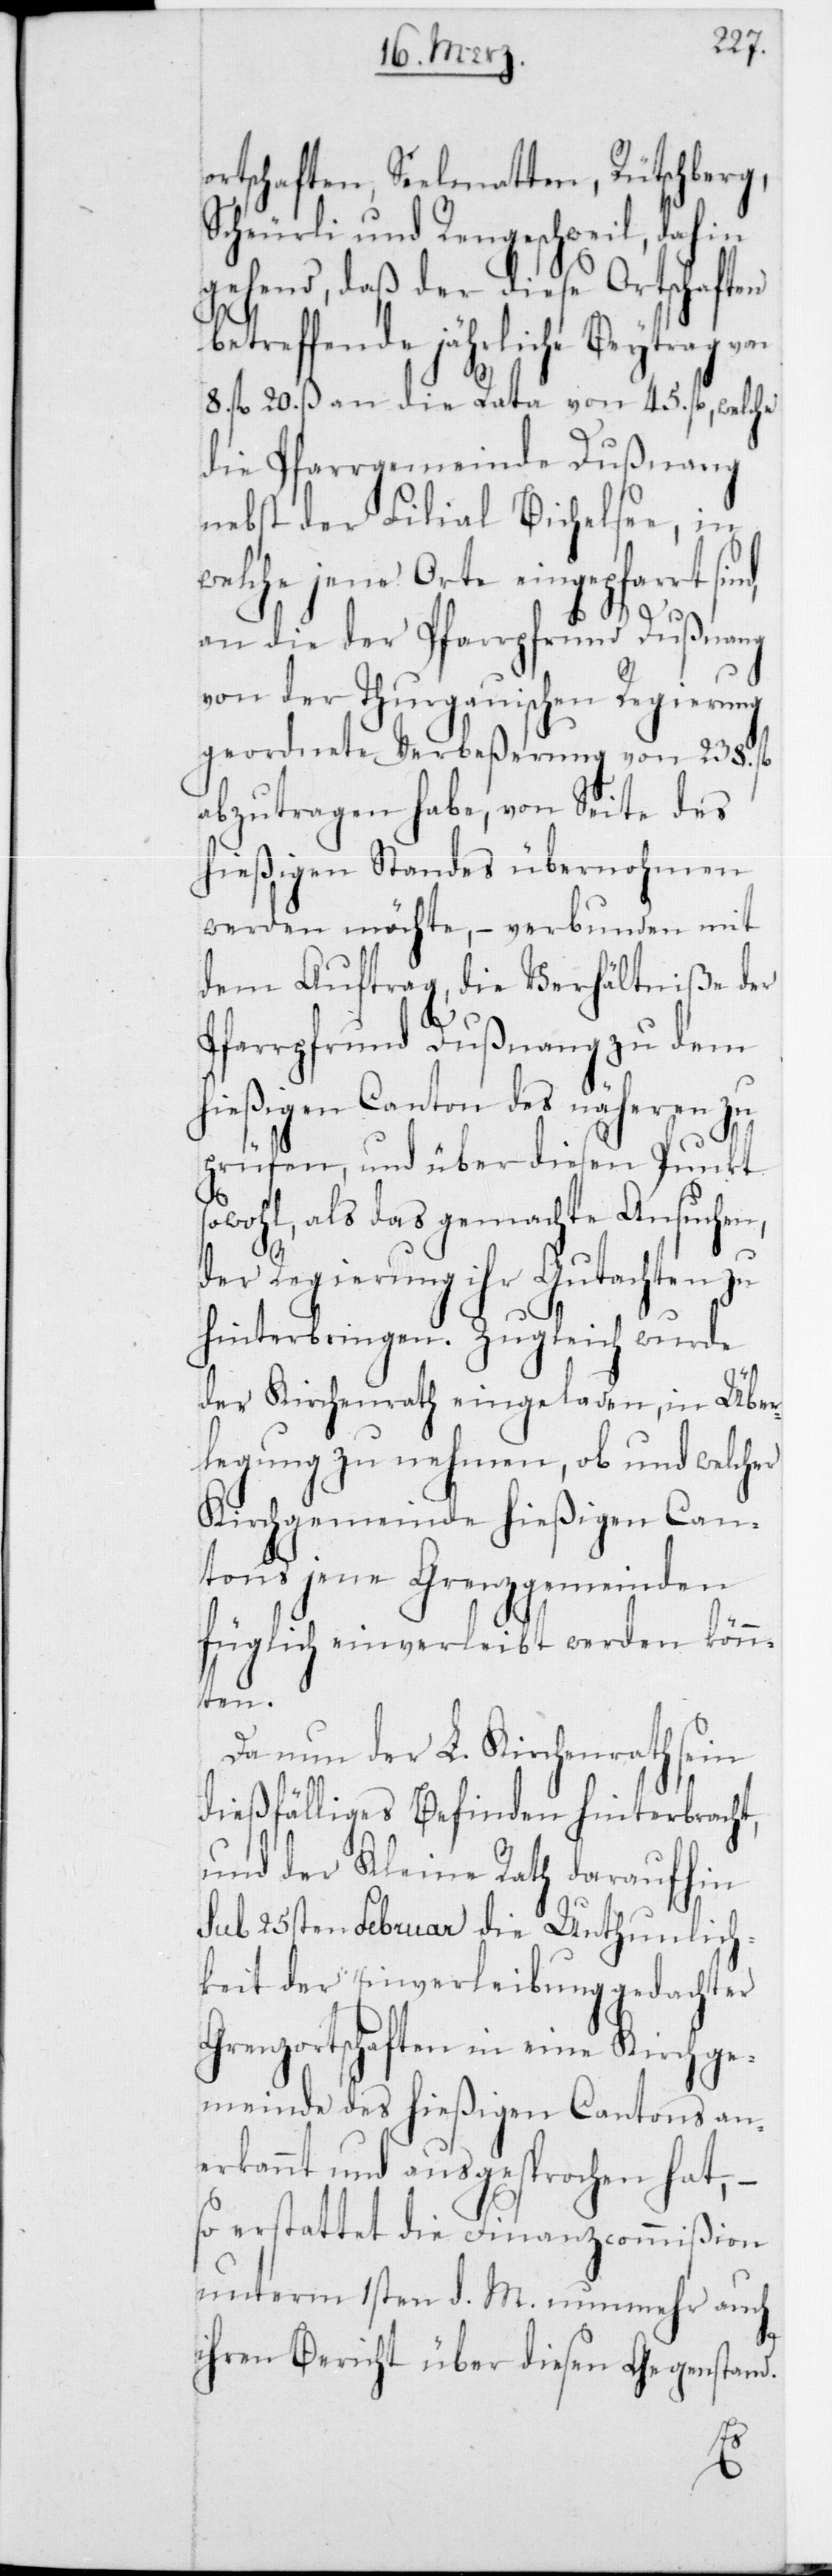
ortschaften Seelmatten, Rütschberg,
Scheurli und Rengeschweil, dahin
gehend, daß der diese Ortschaften
treffende jährliche Beitrag
8 fl. 20 ß an die Rata von 45 fl., welche
die Pfarrgemeinde Dußnang
nebst der Filial Bichelsee, in
welche jene Orte eingepfarrt si¬
an die der Pfarrpfrund Dußnang
von der Thurgauischen Regierung
geordnete Verbeßerung von 238 fl.
abzutragen habe, von Seite des
hießigen Standes übernohmen
werden möchte, – verbunden mit
dem Auftrag, die Verhältniße der
Pfarrpfrund Dußnang zu dem
hießigen Canton des Näheren zu
prüfen, und über diesen Punkt
sowohl, als das gemachte Ansuchen,
der Regierung ihr Gutachten zu
hinterbringen. Zugleich wurde
der Kirchenrath eingeladen, in Über¬
legung zu nehmen, ob und welcher
Kirchgemeinde hießigen Can¬
tons jene Grenzgemeinden
füglich einverleibt werden könn¬
ten.
Da nun der L. Kirchenrath sein
dießfälliges Befinden hinterbracht,
und der Kleine Rath daraufhin
sub 25sten Februar die Unthunlich¬
keit der Einverleibung gedachter
Grenzortschaften in eine Kirchge¬
meinde des hießigen Cantons an¬
erkannt und ausgesprochen hat, –
so erstattet die Finanzcommißion
unterm 1sten d. M. nunmehr auch
ihren Bericht über diesen Gegenstand.
nd,